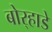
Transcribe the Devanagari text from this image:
बोर्‍हाडे